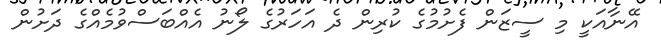
އޭނާއަކީ މި ސީޒަން ފެށުމުގެ ކުރިން ދެ އަހަރުގެ ލޯނު އެއްބަސްވުމެއްގެ ދަށުން